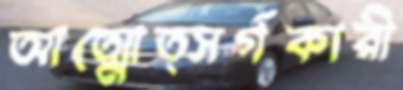
আত্মোত্সর্গকারী